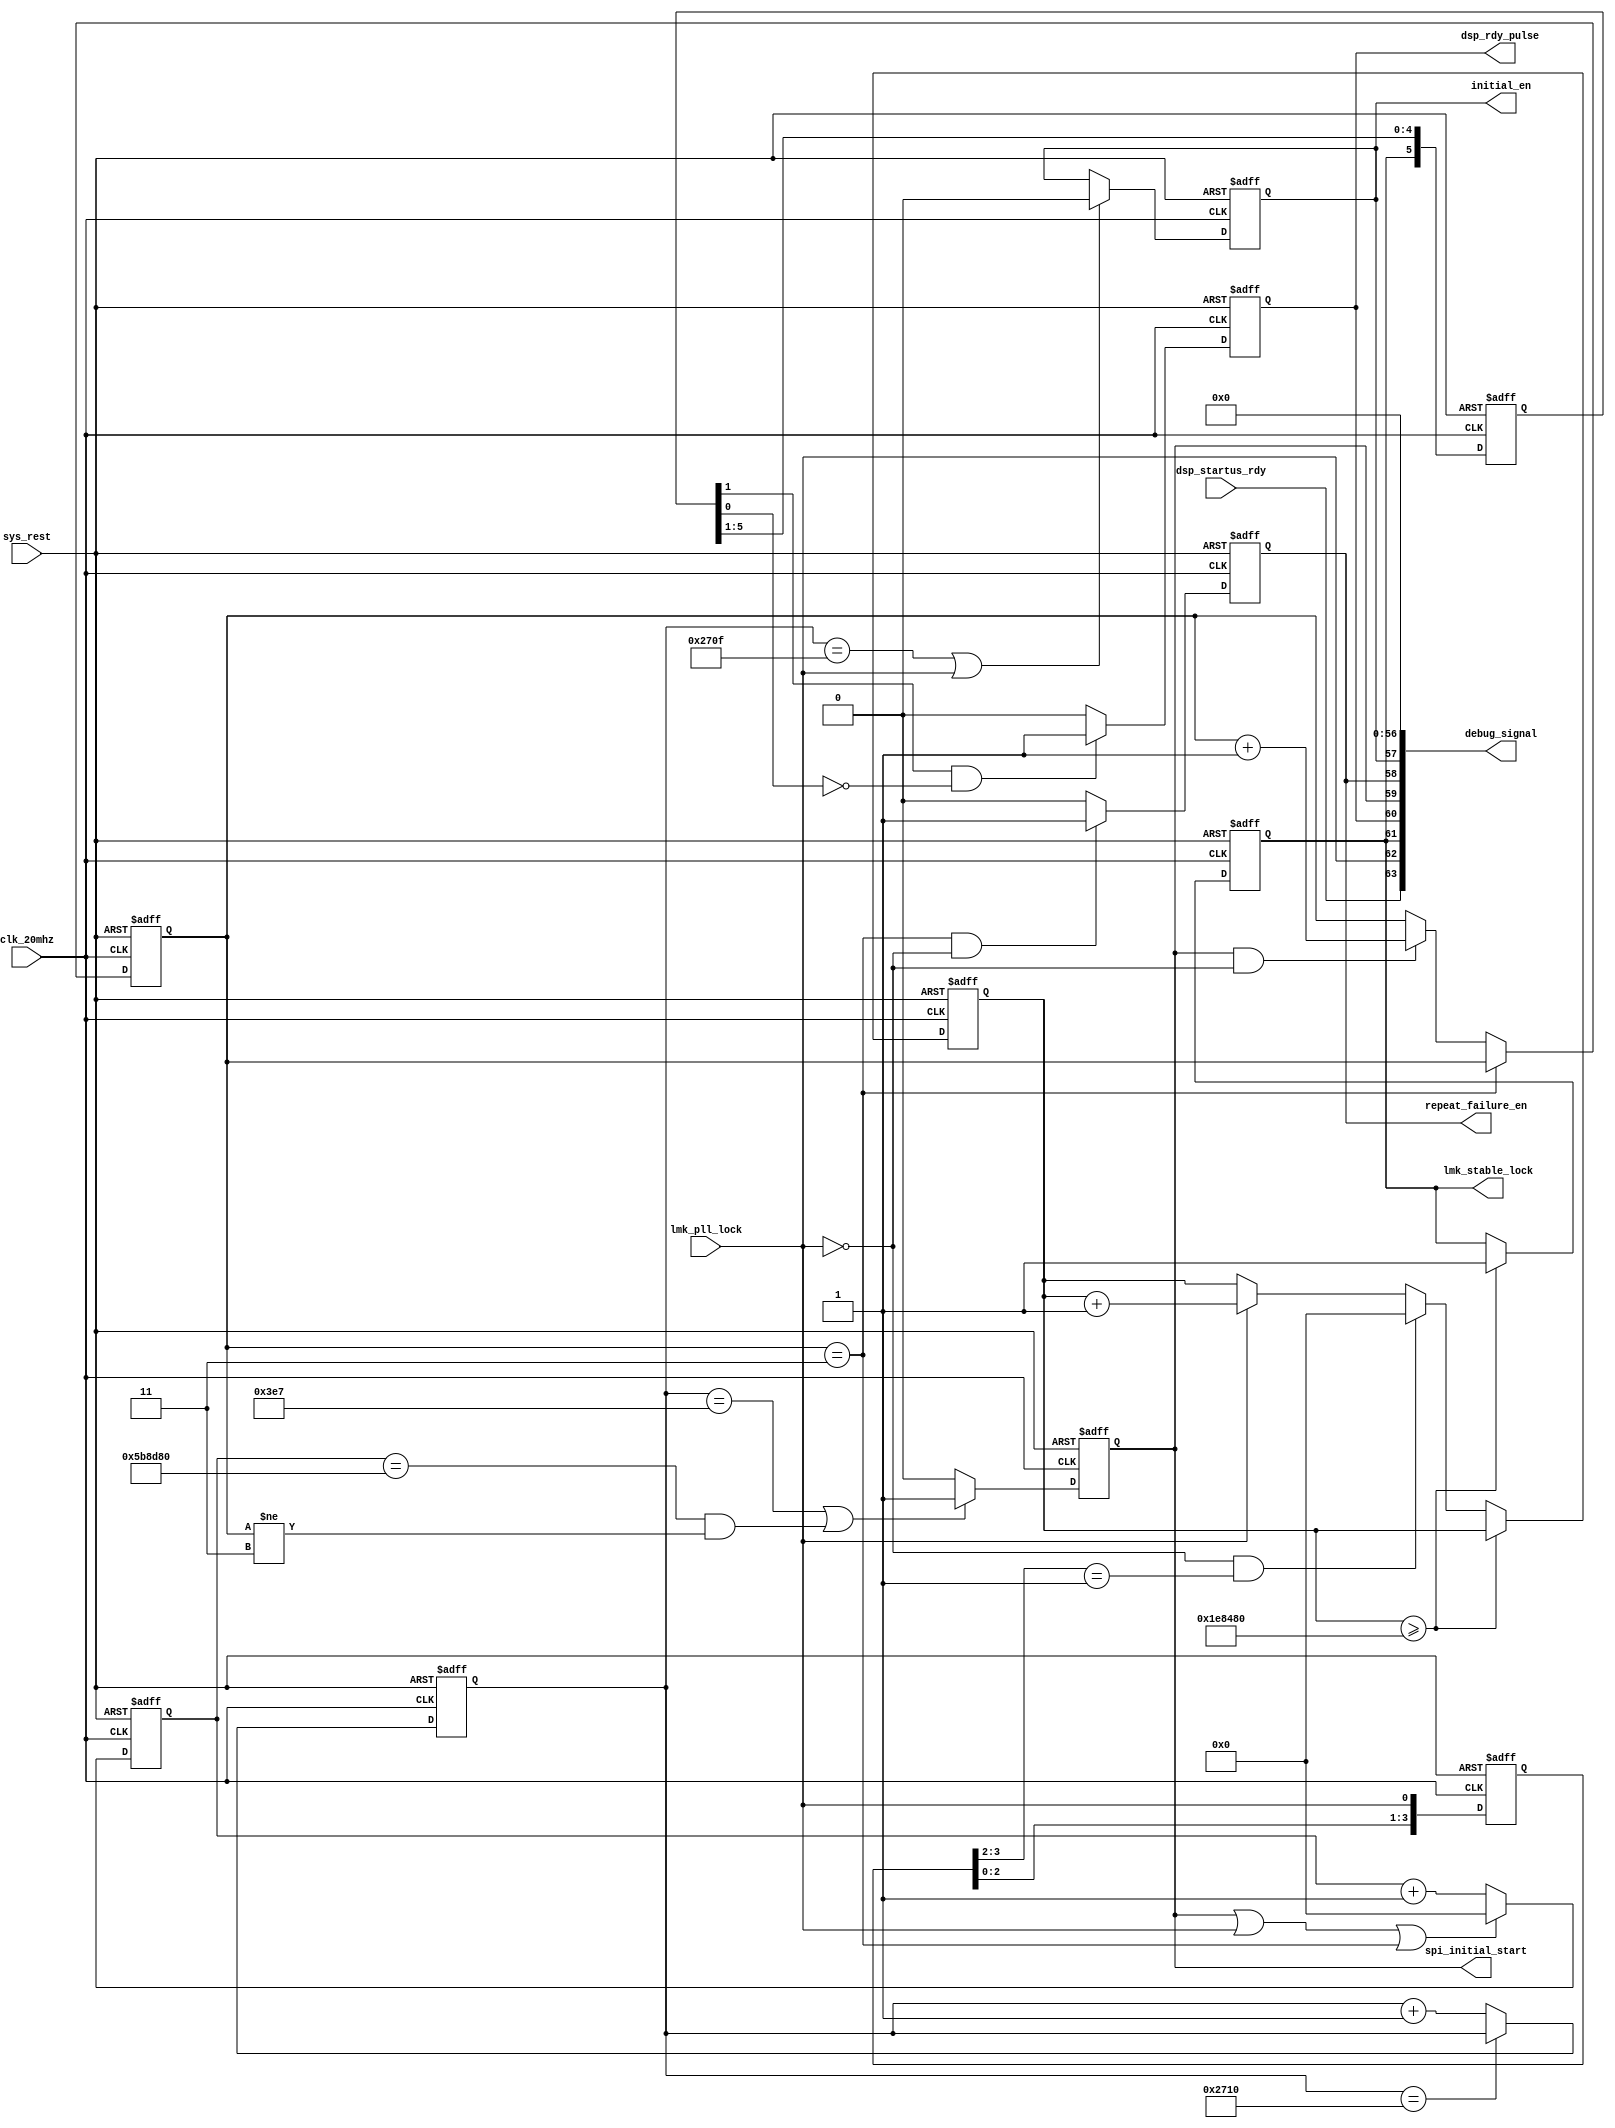
////////////////////////////////////////////////////////////////////////////////
// Company: StarPoint
//
// Create Date: 
// Design Name: rf_cfg_top
// Module Name: 
// Target Device: FPGA XC7K325T-2FFG900 
// Tool versions: ISE 14.6
// Description:
//             
// Revision:   v1.0 - File Created
// Additional Comments:
//    
////////////////////////////////////////////////////////////////////////////////
`timescale 1ns / 1ps

module initial_ct(
// clock & Reset
input                    clk_20mhz,                    
input                    sys_rest,    
//------
input                    dsp_startus_rdy,
input                    lmk_pll_lock,

output reg               dsp_rdy_pulse,      //TO AD DA initial start
output reg               spi_initial_start,  //TO LMK   initial start
output reg               lmk_stable_lock,
output reg               repeat_failure_en,
output reg               initial_en,


output [63:0]            debug_signal 

);

//////////////////////////////////////////////////////////////////////////////////
//// parameter ////
parameter Repeat_N    = 4'd3;
parameter R_TIME      = 32'd6000000;   //250ms

//////////////////////////////////////////////////////////////////////////////////
//// signal declaration ////
reg [31:0]            spi_initial_time_cnt = 32'd0;
reg [5:0]             dsp_startus_rdy_dl = 6'd0;     
reg [1:0]             spi_initial_start_cnt = 2'd0;
//-------------------------------
reg                   stable_en = 1'd0;
reg [31:0]            stable_a_cnt = 32'd101;
reg [31:0]            stable_b_cnt = 32'd0;
//reg                   lmk_stable_lock = 1'd0;
reg [3:0]             repeat_cnt = 4'd0;
reg [31:0]            repeat_time_cnt = 32'd0;
//reg                   repeat_failure_en = 1'd0;





//////////////////////////////////////////////////////////////////////////////////
////(2) spi_initial_start  
/*
1CPLDFPGAFPGA
2FPGA10MHZ20MHZSPILMK04806,LMKDSPCPLD
3CPLDFPGADSPDSP                                                           
4FPGADSP RDYCPLDAD/DA/
*/    
//------

always@(posedge clk_20mhz or posedge sys_rest)begin
    if (sys_rest)
        initial_en <= 1'd1;
    else if(spi_initial_time_cnt == 32'd9999 || lmk_pll_lock)
        initial_en <= 1'd0;
    else
        initial_en <= initial_en;
end



//initial_time_cnt
always@(posedge clk_20mhz or posedge sys_rest)begin
    if (sys_rest)
       spi_initial_time_cnt <= 32'd0;
    else if (spi_initial_time_cnt == 32'd10000)
       spi_initial_time_cnt <= spi_initial_time_cnt;
    else
       spi_initial_time_cnt <= spi_initial_time_cnt  + 1'd1;
end

//////////////////////////////////////////////////////////////////////////////////
////(2) dsp rdy_dl 
always@(posedge clk_20mhz or posedge sys_rest)begin
    if (sys_rest)
      dsp_startus_rdy_dl[5:0] <= 6'd0;
    else 
   //   dsp_startus_rdy_dl[5:0] <= {dsp_startus_rdy,dsp_startus_rdy_dl[5:1]};    2015/10/21 15:30:06 
      dsp_startus_rdy_dl[5:0] <= {lmk_stable_lock,dsp_startus_rdy_dl[5:1]};   
    end  
//////////////////////////////////////////////////////////////////////////////////
////() dsp rdy_dl 
always@(posedge clk_20mhz or posedge sys_rest)begin
    if (sys_rest)
	   dsp_rdy_pulse <= 1'd0;
    else if(dsp_startus_rdy_dl[1] && !dsp_startus_rdy_dl[0])
      dsp_rdy_pulse <= 1'd1;
    else 
      dsp_rdy_pulse <= 1'd0;
end          
//////////////////////////////////////////////////////////////////////////////////
////(2-1) spi_initial_start      
always@(posedge clk_20mhz or posedge sys_rest)begin
    if (sys_rest)
       spi_initial_start <= 1'd0;
    else if (spi_initial_time_cnt == 32'd999|| (repeat_time_cnt == R_TIME && repeat_cnt != Repeat_N))   //lmk
       spi_initial_start <= 1'd1;
    else
       spi_initial_start <= 1'd0;
end

reg [3:0]   lmk_pll_lock_reg = 4'd0;

//////////////////////////////////////////////////////////////////////////////////
////(*)   Stable
always@(posedge clk_20mhz or posedge sys_rest)begin
    if (sys_rest)
        lmk_pll_lock_reg[3:0]   <=  4'd0;
    else
        lmk_pll_lock_reg[3:0]   <=  {lmk_pll_lock_reg[2:0],lmk_pll_lock};
end
      // stable_en <= 1'd0;
    // else if(stable_a_cnt == 32'd3000)
      // stable_en <= 1'd0;
    // else if(lmk_pll_lock && stable_b_cnt == 32'd100)
      // stable_en <= 1'd1;
    // else
      // stable_en <= stable_en;
    // end
//////////////////////////////////////////////////////////////////////////////////
////(*-1)   Stable
always@(posedge clk_20mhz or posedge sys_rest)begin
    if (sys_rest) begin
        stable_a_cnt <= 32'd0;
        lmk_stable_lock <= 1'd0;
    end
    else if(stable_a_cnt >= 32'd2000000) begin  //100ms
        stable_a_cnt <= stable_a_cnt;
        lmk_stable_lock <= 1'd1;
    end
    else if((!lmk_pll_lock) && (lmk_pll_lock_reg[3:2] == 2'b01))
        stable_a_cnt <= 32'd0;
    else if(lmk_pll_lock)
        stable_a_cnt <= stable_a_cnt + 1'd1;
    else begin
        lmk_stable_lock <= lmk_stable_lock ;
        stable_a_cnt <= stable_a_cnt;
    end
end   
// always@(posedge clk_20mhz or posedge sys_rest)begin
    // if (sys_rest || lmk_stable_lock)
      // stable_a_cnt <= 32'd101;
    // else if(stable_a_cnt == 32'd3000)
      // stable_a_cnt <= 32'd101;
    // else if(stable_en)
      // stable_a_cnt <= stable_a_cnt + 1'd1;
    // else
      // stable_a_cnt <= stable_a_cnt;
    // end    
//////////////////////////////////////////////////////////////////////////////////
////(*-1)   Stable
// always@(posedge clk_20mhz or posedge sys_rest)begin
    // if (sys_rest || lmk_stable_lock)
      // stable_b_cnt <= 32'd0;
    // else if(stable_a_cnt == 32'd3000)
      // stable_b_cnt <= 32'd0;  
    // else if(lmk_pll_lock)
      // stable_b_cnt <= stable_b_cnt + 1'd1;
    // else
      // stable_b_cnt <= stable_b_cnt;
    // end
//////////////////////////////////////////////////////////////////////////////////
////(*-1)   Stable
// always@(posedge clk_20mhz or posedge sys_rest)begin
    // if (sys_rest || !lmk_pll_lock)
      // lmk_stable_lock <= 1'd0;
    // else if(stable_b_cnt == 32'd2998)begin
       // if(stable_a_cnt == stable_b_cnt)
            // lmk_stable_lock <= 1'd1;
       // else 
            // lmk_stable_lock <= lmk_stable_lock ;
    // end
    // else 
      // lmk_stable_lock <= lmk_stable_lock ;
    // end
//////////////////////////////////////////////////////////////////////////////////
////(A-1) Repeat_N  
always@(posedge clk_20mhz or posedge sys_rest)begin
    if (sys_rest)
      repeat_cnt <= 4'd0;
    else if(repeat_cnt == Repeat_N)
      repeat_cnt <= repeat_cnt;  
    else if(spi_initial_start && !lmk_pll_lock)
      repeat_cnt <= repeat_cnt + 4'd1;
    else
      repeat_cnt <= repeat_cnt;
end
//////////////////////////////////////////////////////////////////////////////////
////(A-2) Repeat_N  j
always@(posedge clk_20mhz or posedge sys_rest)begin
    if (sys_rest)
      repeat_time_cnt <= 32'd0;
    else if(spi_initial_start || lmk_pll_lock || repeat_cnt == Repeat_N)
      repeat_time_cnt <= 32'd0;
    else 
      repeat_time_cnt <= repeat_time_cnt + 1'd1;
end
//////////////////////////////////////////////////////////////////////////////////
////(X) Repeat_N   Failure  LED
always@(posedge clk_20mhz or posedge sys_rest)begin
    if (sys_rest)
      repeat_failure_en <= 1'd0;
    else if(repeat_cnt == Repeat_N && !lmk_pll_lock)
      repeat_failure_en <= 1'd1;
    else
      repeat_failure_en <= 1'd0;
end




//////////////////////////////////////////////////////////////////////////////////
//// debug signal ////
assign  debug_signal[63:0]              = {dsp_startus_rdy,
                                           lmk_pll_lock,
                                           lmk_stable_lock,
                                           dsp_rdy_pulse,
                                           spi_initial_start,
                                           repeat_failure_en,
                                           initial_en,
                                           57'd0                                           
                                           };













////////////////////////////////////////////////////////////////////////////////////////////////////////////////////////                                                                                                      
//////////////////////////////////////////////////////////////////////////////////////////////////////////////////////// 
//////////////////////////////////////////////////////////////////////////////////////////////////////////////////////// 
endmodule